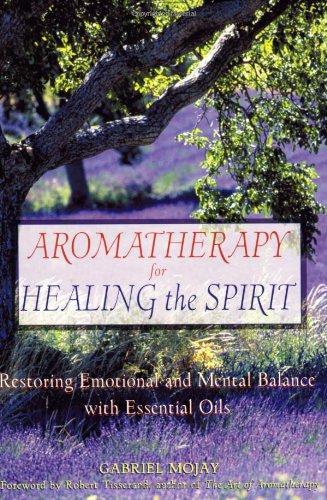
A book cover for Aromatherapy for Healing the Spirit: Restoring Emotional and Mental Balance with Essential Oils; Gabriel Mojay; Health, Fitness & Dieting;